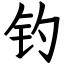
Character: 钓